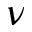
\nu